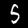
Label: 5